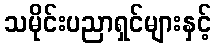
သမိုင်းပညာရှင်များနှင့်